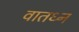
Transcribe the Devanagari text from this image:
वातध्न